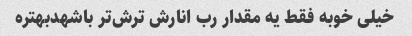
خیلی خوبه فقط یه مقدار رب انارش ترش‌تر باشهدبهتره